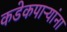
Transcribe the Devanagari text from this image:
कडेकपाऱ्यांना